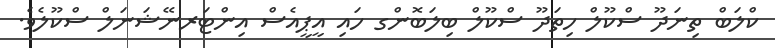
ކްލަބް ތިނަދޫ ސްކޫލް ހިތަދޫ ސްކޫލް ބިލަބޮންގ ހައި އީޕީއެސް އިންޓަރނޭޝަނަލް ސްކޫލެވެ.